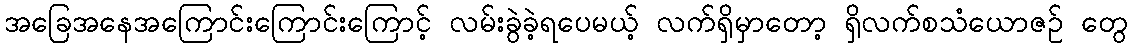
အခြေအနေအကြောင်းကြောင်းကြောင့် လမ်းခွဲခဲ့ရပေမယ့် လက်ရှိမှာတော့ ရှိလက်စသံယောဇဉ် တွေ